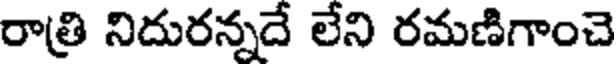
రాత్రి నిదురన్నదే లేని రమణిగాంచె